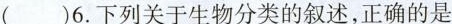
( )6.下列关于生物分类的叙述，正确的是